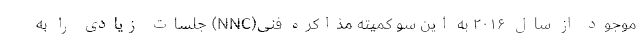
موجود از سال ۲۰۱۶ به این سو کمیته مذاکره فنی(NNC) جلسات زیادی را به